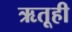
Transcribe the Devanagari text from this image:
ऋतूही